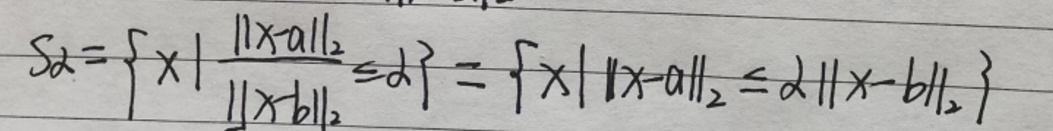
\[
S_{\alpha}=\left\{x \mid \frac{\|x - a\|_2}{\|x - b\|_2} \leq \alpha\right\}=\left\{x \mid \|x - a\|_2 \leq \alpha\|x - b\|_2\right\}
\]